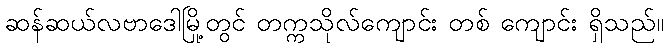
ဆန်ဆယ်လဗာဒေါမြို့တွင် တက္ကသိုလ်ကျောင်း တစ် ကျောင်း ရှိသည်။